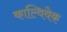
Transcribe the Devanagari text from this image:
काल्विवेक